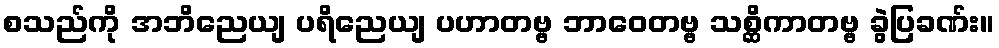
စသည်ကို အဘိညေယျ ပရိညေယျ ပဟာတဗ္ဗ ဘာဝေတဗ္ဗ သစ္ဆိကာတဗ္ဗ ခွဲပြခဏ်း။